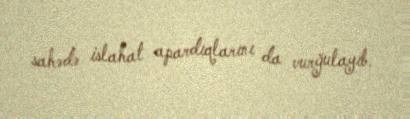
sahədə islahat apardıqlarını da vurğulayıb.